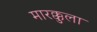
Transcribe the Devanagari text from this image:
मारक्कुला